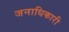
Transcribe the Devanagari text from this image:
जनाधिकारी